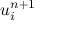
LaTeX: u _ { i } ^ { n + 1 }